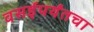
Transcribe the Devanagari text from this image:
वसईपर्यंतचा